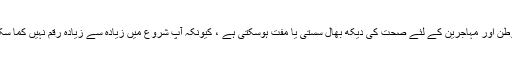
تارکین وطن اور مہاجرین کے لئے صحت کی دیکھ بھال سستی یا مفت ہوسکتی ہے ، کیونکہ آپ شروع میں زیادہ سے زیادہ رقم نہیں کما سکتے ہیں۔